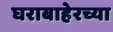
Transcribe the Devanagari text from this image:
घराबाहेरच्या